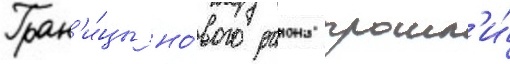
Гран'и́цы но́вого раиона прошл'и́